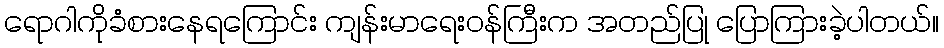
ရောဂါကိုခံစားနေရကြောင်း ကျန်းမာရေးဝန်ကြီးက အတည်ပြု ပြောကြားခဲ့ပါတယ်။